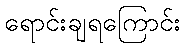
ရောင်းချရကြောင်း